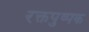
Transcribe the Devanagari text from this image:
रक्तपुष्पक